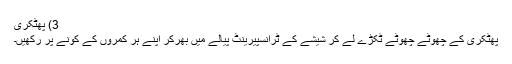
3) پھٹکری
پھٹکری کے چھوٹے چھوٹے ٹکڑے لے کر شیشے کے ٹرانسپیرینٹ پیالے میں بھرکر اپنے ہر کمروں کے کونے پر رکھیں۔